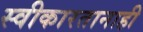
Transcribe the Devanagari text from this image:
स्वीकारतानाही